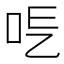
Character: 𠰆